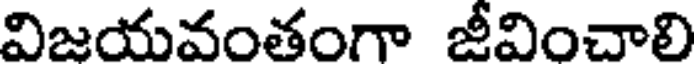
విజయవంతంగా జీవించాలి